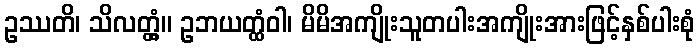
ဥဿတိ၊ သိလတ္တံ့။ ဥဘယတ္ထံဝါ၊ မိမိအကျိုးသူတပါးအကျိုးအားဖြင့်နှစ်ပါးစုံ